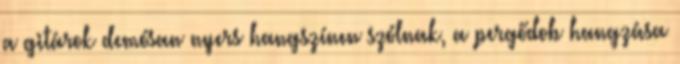
a gitárok demósan nyers hangszínen szólnak, a pergődob hangzása